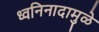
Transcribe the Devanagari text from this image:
ध्वनिनादामुळे